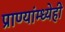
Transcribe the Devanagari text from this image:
प्राण्यांम्ध्येही